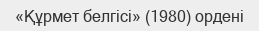
«Құрмет белгісі» (1980) ордені